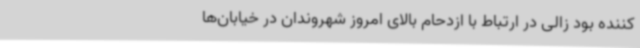
کننده بود زالی در ارتباط با ازدحام بالای امروز شهروندان در خیابان‌ها